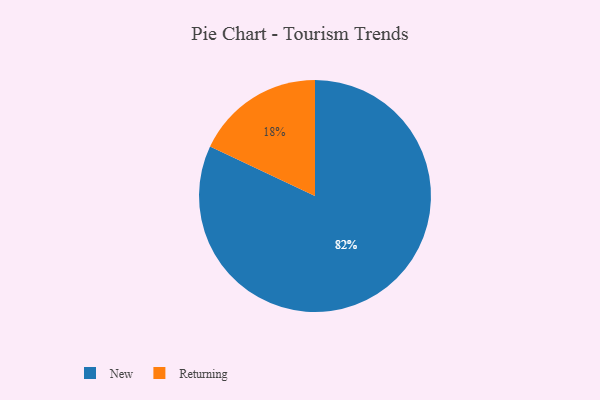
{"axis": {"x": "Category", "y": "Percentage"}, "legend": ["New", "Returning"], "data": [{"x": "Returning", "y": 18, "type": "Returning"}, {"x": "New", "y": 82, "type": "New"}]}